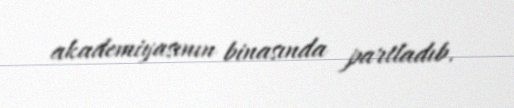
akademiyasının binasında partladıb.